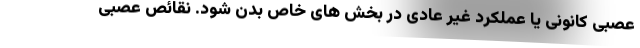
عصبی کانونی یا عملکرد غیر عادی در بخش های خاص بدن شود. نقائص عصبی